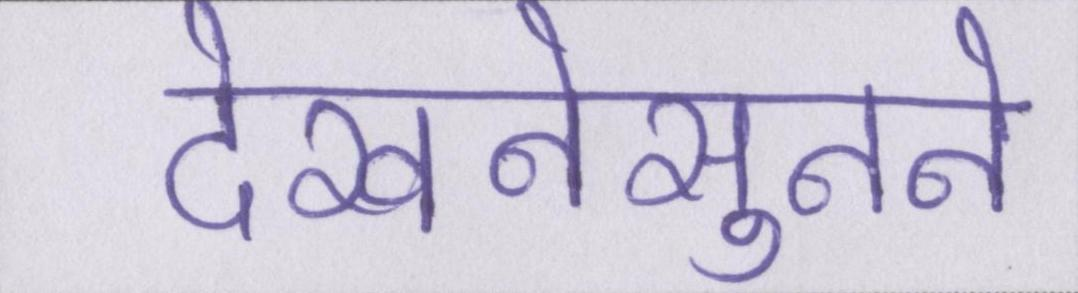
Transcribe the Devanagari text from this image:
देखनेसुनने